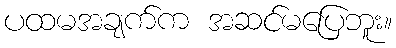
ပထမအချက်က အဆင်မပြေဘူး။